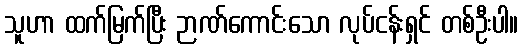
သူဟာ ထက်မြက်ပြီး ဉာဏ်ကောင်းသော လုပ်ငန်းရှင် တစ်ဦးပါ။